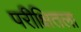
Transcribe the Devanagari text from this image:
परीक्षितला